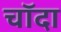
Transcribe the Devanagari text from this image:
चाॅदा